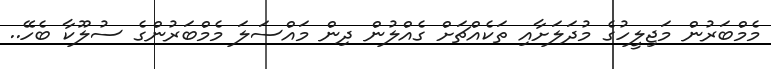
މެމްބަރުން މަޖިލީހުގެ މުދަލަށާއި ތަކެއްޗަށް ގެއްލުން ދިން މައްސަލަ މެމްބަރުންގެ ސުލޫކާ ބެހޭ..